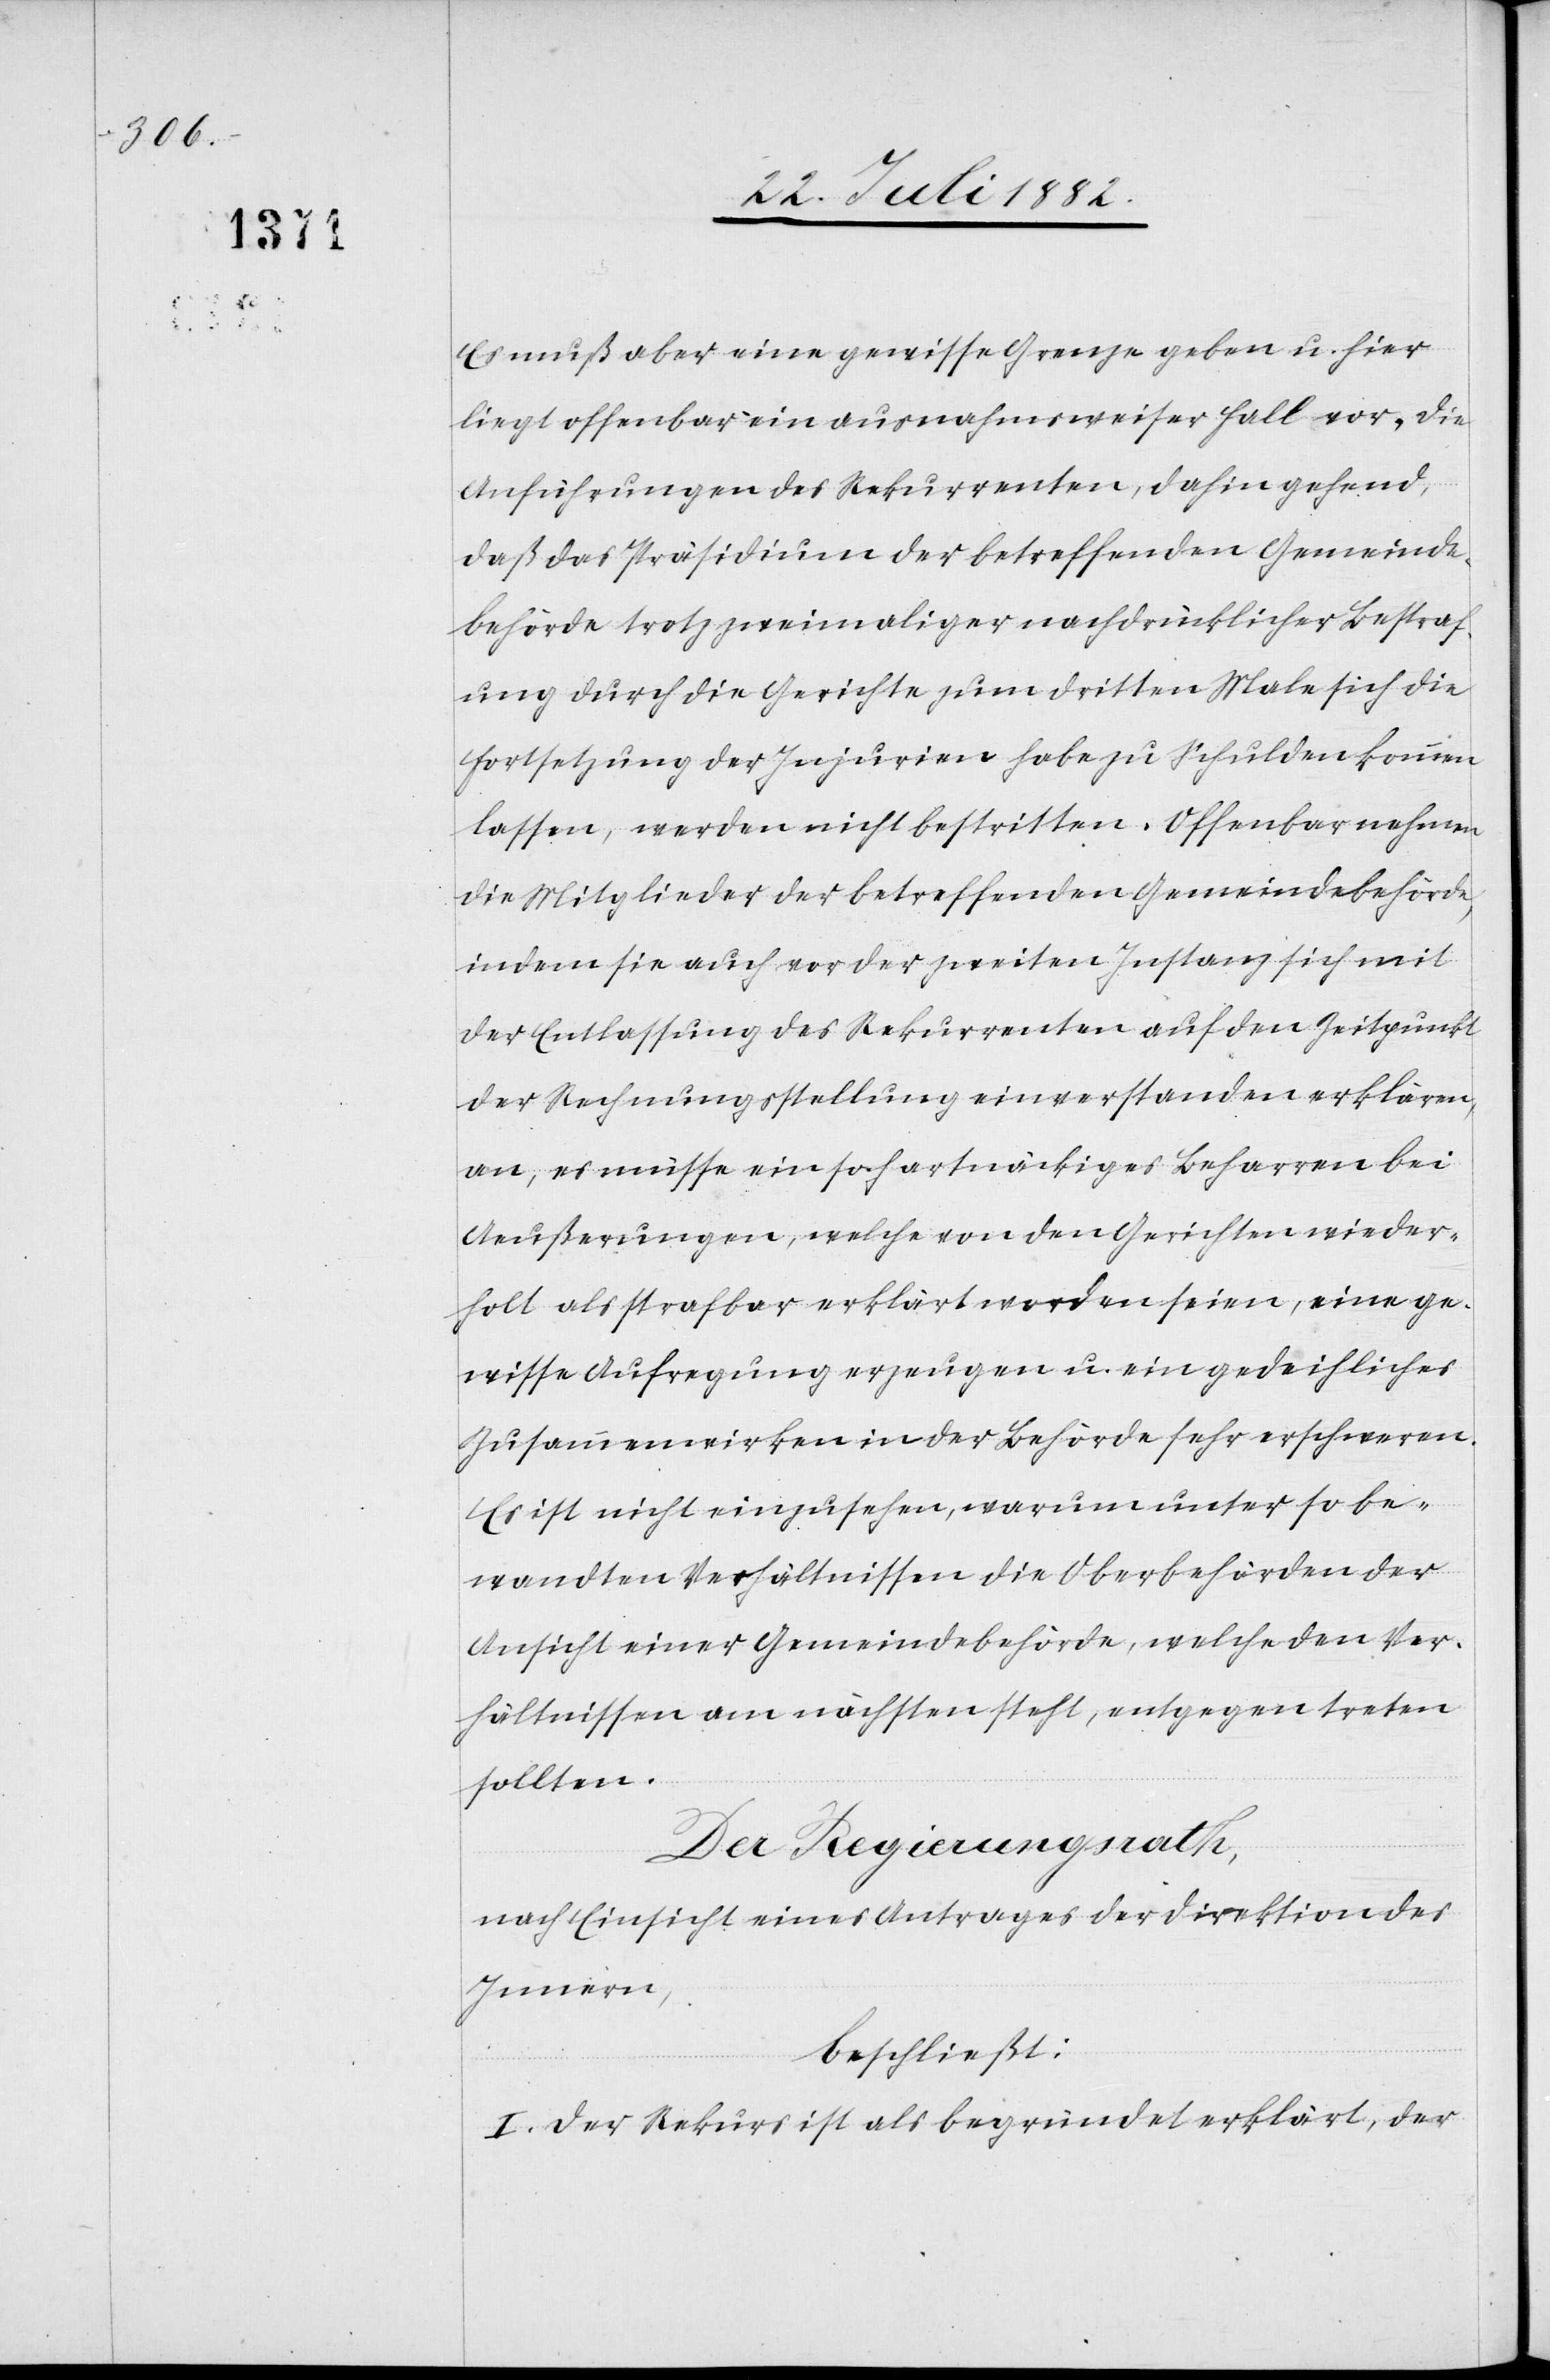
Es muß aber eine gewisse Grenze geben u. hier
liegt offenbar ein ausnahmsweiser Fall vor. Die
Anführungen des Rekurrenten, dahin gehend,
daß das Präsidium der betreffenden Gemeinde¬
behörde trotz zweimaliger nachdrücklicher Bestraf¬
ung durch die Gerichte zum dritten male sich die
Fortsetzung der Injurien habe zu Schulden kommen
lassen, werden nicht bestritten. Offenbar nahmen
die Mitglieder der betreffenden Gemeindebehörde,
indem sie auch vor der zweiten Instanz sich mit
der Entlassung des Rekurrenten auf den Zeitpunkt
der Rechnungsstellung einverstanden erklären,
an, es müsse ein so hartnäckiges Beharren bei
Aeußerungen, welche von den Gerichten wieder¬
holt als strafbar erklärt worden seien, eine ge¬
wisse Aufregung erzeugen u. ein gedeihliches
Zusammenwirken in der Behörde sehr erschweren.
Es ist nicht einzusehen, warum unter so be¬
wandten Verhältnissen die Oberbehörden der
Ansicht einer Gemeindebehörde, welche den Ver¬
hältnissen am nächsten steht, entgegen treten
sollten.
Der Regierungsrath,
nach Einsicht eines Antrages der Direktion des
Innern,
beschließt:
I. Der Rekurs ist als begründet erklärt, der